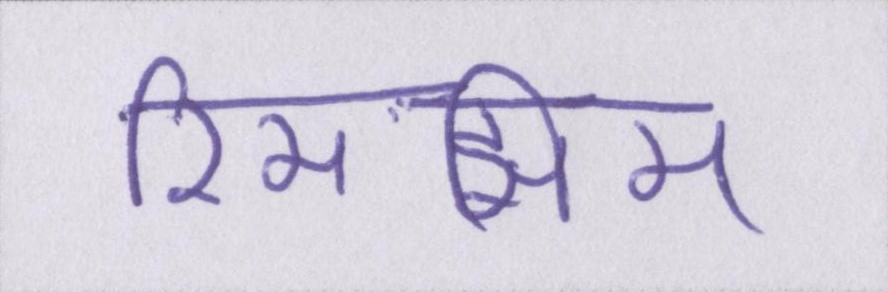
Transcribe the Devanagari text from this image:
रिमझिम